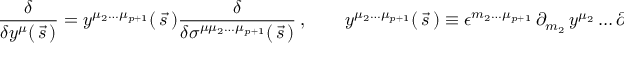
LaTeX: { \frac { \delta } { \delta y ^ { \mu } ( \, \vec { s } \, ) } } = y ^ { \mu _ { 2 } \dots \mu _ { p + 1 } } ( \, \vec { s } \, ) { \frac { \delta } { \delta \sigma ^ { \mu \mu _ { 2 } \dots \mu _ { p + 1 } } ( \, \vec { s } \, ) } } \ , \qquad y ^ { \mu _ { 2 } \dots \mu _ { p + 1 } } ( \, \vec { s } \, ) \equiv \epsilon ^ { m _ { 2 } \dots \mu _ { p + 1 } } \, \partial _ { m _ { 2 } } \, y ^ { \mu _ { 2 } } \dots \partial _ { m _ { p + 1 } } \, y ^ { \mu _ { p + 1 } } \ .